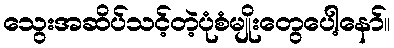
သွေးအဆိပ်သင့်တဲ့ပုံစံမျိုးတွေပေါ့နော်။